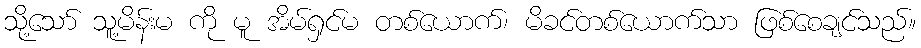
သို့သော် သူ့မိန်းမ ကို မူ အိမ်ရှင်မ တစ်ယောက်၊ မိခင်တစ်ယောက်သာ ဖြစ်စေချင်သည်။